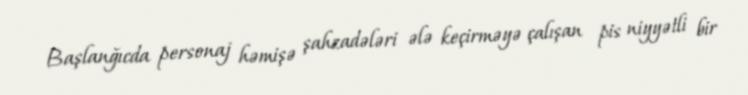
Başlanğıcda personaj həmişə şahzadələri ələ keçirməyə çalışan pis niyyətli bir